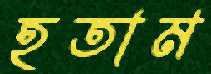
হতাম